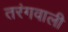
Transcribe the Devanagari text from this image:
तरंगवाली